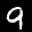
Label: 9